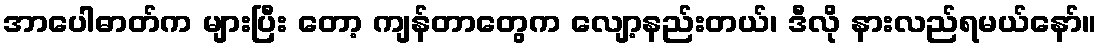
အာပေါဓာတ်က များပြီး တော့ ကျန်တာတွေက လျော့နည်းတယ်၊ ဒီလို နားလည်ရမယ်နော်။